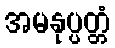
အမနုပ္ပတ္တံ